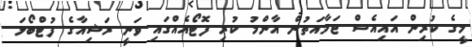
މީގެ ކުރިން އައިއެސް ޖަމާއަތުން އާންމު ކުރި ފޮޓޯއެއްގައި ވަނީ ރަޝިއާގެ ފުޓްބޯޅަ